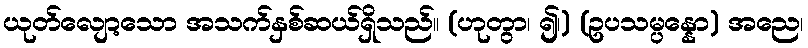
ယုတ်လျော့သော အသက်နှစ်ဆယ်ရှိသည်။ (ဟုတွာ၊ ၍၊) (ဥပသမ္ပန္နော) အညေ၊